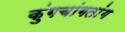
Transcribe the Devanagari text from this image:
कुंगचांगतांग